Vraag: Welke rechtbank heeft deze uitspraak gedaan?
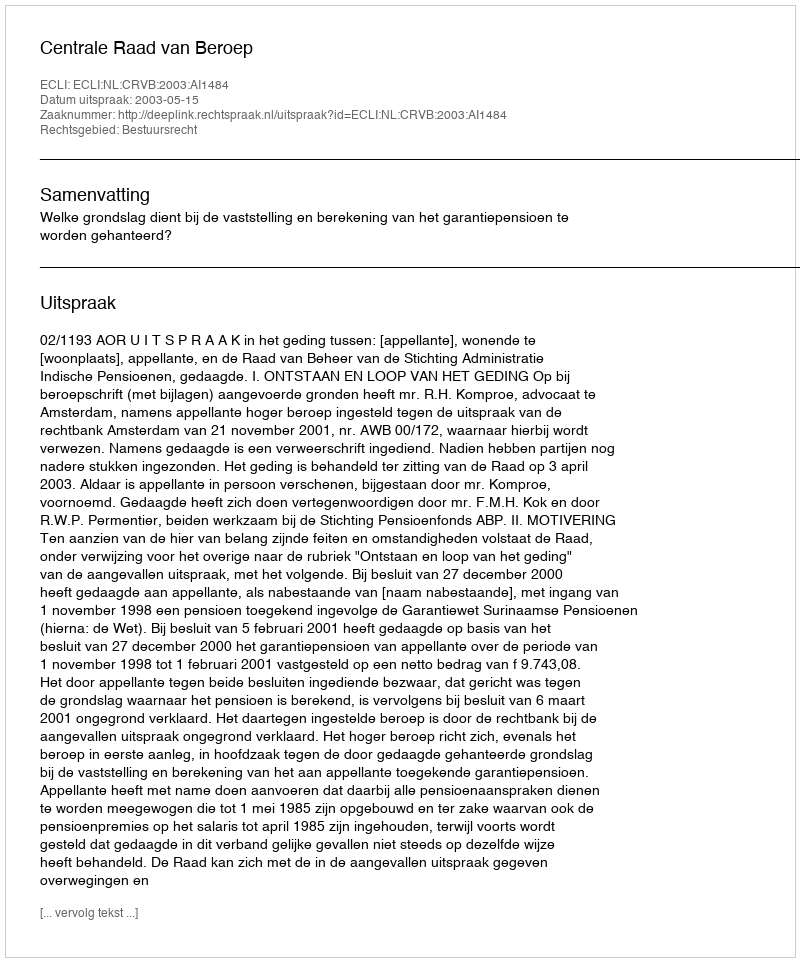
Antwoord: Centrale Raad van Beroep